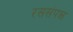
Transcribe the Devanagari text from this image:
रससंपन्न